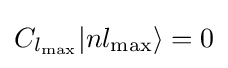
C_{l_{\text{max}}}|nl_{\text{max}}\rangle =0